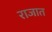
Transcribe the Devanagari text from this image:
राजात